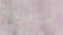
الجلسة